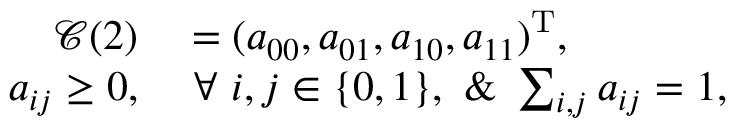
\begin{array} { r l } { \mathcal { C } ( 2 ) } & { { } = ( a _ { 0 0 } , a _ { 0 1 } , a _ { 1 0 } , a _ { 1 1 } ) ^ { \mathrm { T } } , } \\ { a _ { i j } \ge 0 , } & { { } ~ \forall ~ i , j \in \{ 0 , 1 \} , ~ \& ~ \sum _ { i , j } a _ { i j } = 1 , } \end{array}